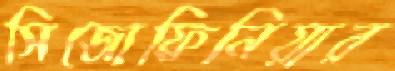
সিজোফ্রিনিয়ার